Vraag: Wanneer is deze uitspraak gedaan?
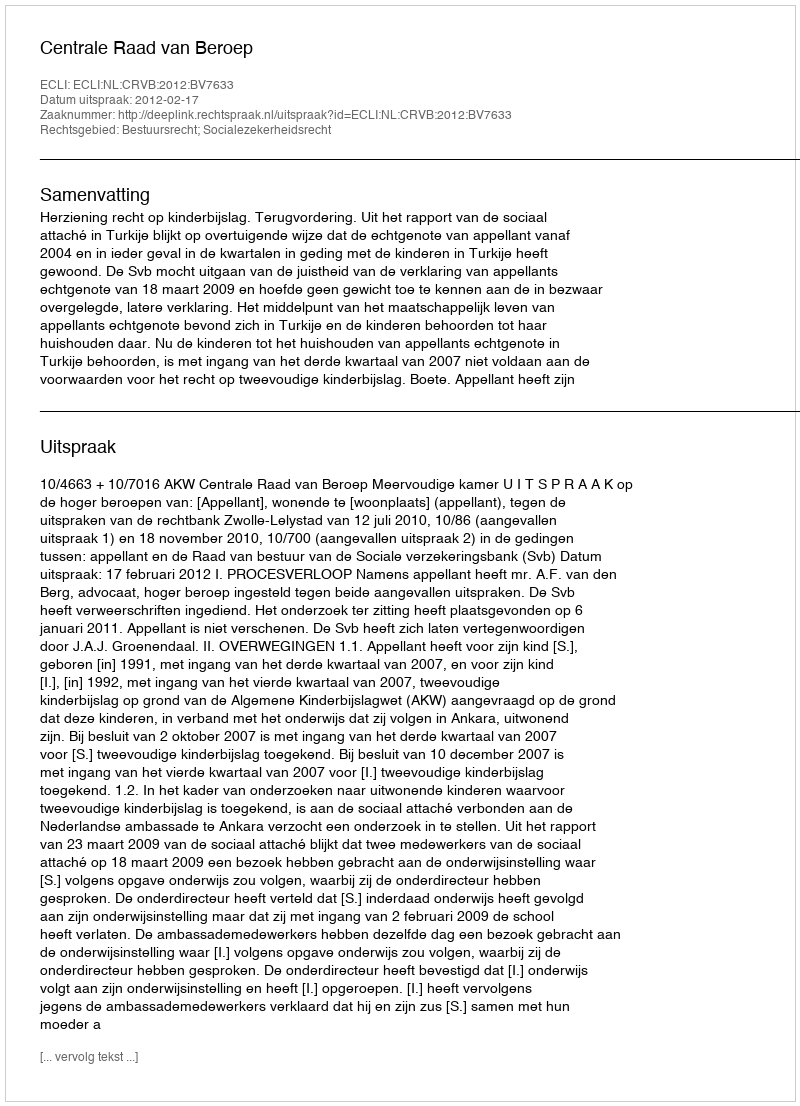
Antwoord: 2012-02-17